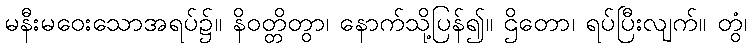
မနီးမဝေးသောအရပ်၌။ နိဝတ္တိတွာ၊ နောက်သို့ပြန်၍။ ဌိတော၊ ရပ်ပြီးလျက်။ တွံ၊